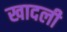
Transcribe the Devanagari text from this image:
खादली